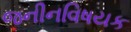
જનીનવિષયક